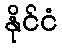
နိုင်ငံ